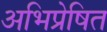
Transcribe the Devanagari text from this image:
अभिप्रेषित